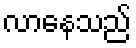
လာနေသည်